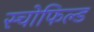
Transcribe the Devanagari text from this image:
स्चोफिल्ड